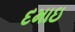
દમાઇ